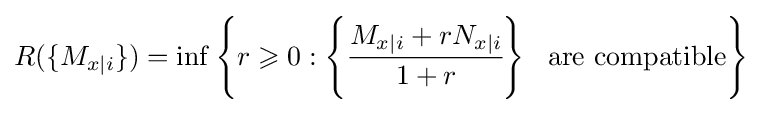
R(\{M_{x|i}\})=\inf \left\{r\geqslant 0:\left\{{\cfrac {M_{x|i}+rN_{x|i}}{1+r}}\right\}\ \ {\text{are compatible}}\right\}